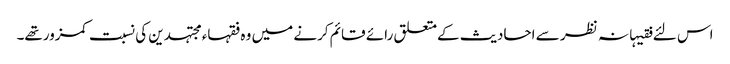
اس لئے فقیہانہ نظر سے احادیث کےمتعلق رائے قائم کرنے میں وہ فقہاء مجتہدین کی نسبت کمزورتھے۔